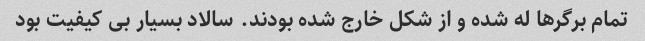
تمام برگرها له شده و از شکل خارج شده بودند. سالاد بسیار بی کیفیت بود